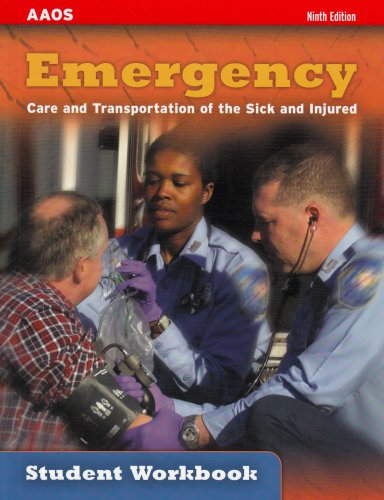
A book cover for Emergency Care and Transportation of the Sick and Injured Student Workbook; American Academy of Orthopaedic Surgeons (AAOS); Medical Books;